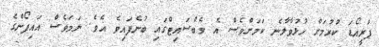
ޕްރީއޯޑަ ކުރުމަށް ހުޅުވާލާނެ ކަމަށްވެސް އެ ވެބްސައިޓްގައި ބުނެފައިވެ އެވެ. ނަމަވެސް އައިފޯންގެ